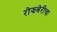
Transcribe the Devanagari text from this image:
रोझबेरीचा